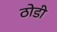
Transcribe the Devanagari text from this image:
ठोडी